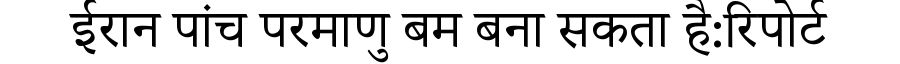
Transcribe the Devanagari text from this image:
ईरान पांच परमाणु बम बना सकता है:रिपोर्ट